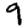
Digit: 9